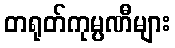
တရုတ်ကုမ္ပဏီများ